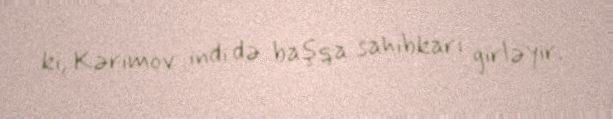
ki, Kərimov indi də başqa sahibkarı girləyir.